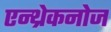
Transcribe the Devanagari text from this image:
एन्थ्रेकनोज